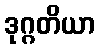
ဒုဂ္ဂတိယာ